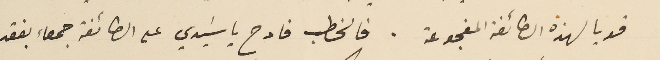
قوياً لهذه الطائفة المفجوعة. فالخطب فادح يا سَيدي على الطائفة جمعاء بفقد